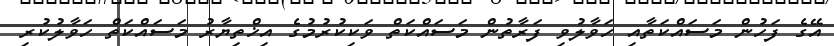
އޭގެ ފަހުން މަސައްކަތާއި ހަވާލުވި ފަރާތުން މަސައްކަތް ވަކިކުރުމުގެ އިޚްތިޔާރު މަސައްކަތް ހަވާލުކުރި